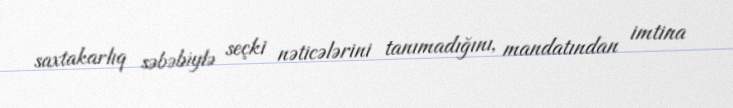
saxtakarlıq səbəbiylə seçki nəticələrini tanımadığını, mandatından imtina